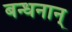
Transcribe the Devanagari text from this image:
बन्धनान्